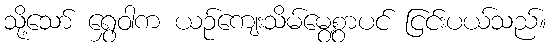
သို့သော် ရွှေဝါက ယဉ်ကျေးသိမ်မွေ့စွာပင် ငြင်းပယ်သည်။